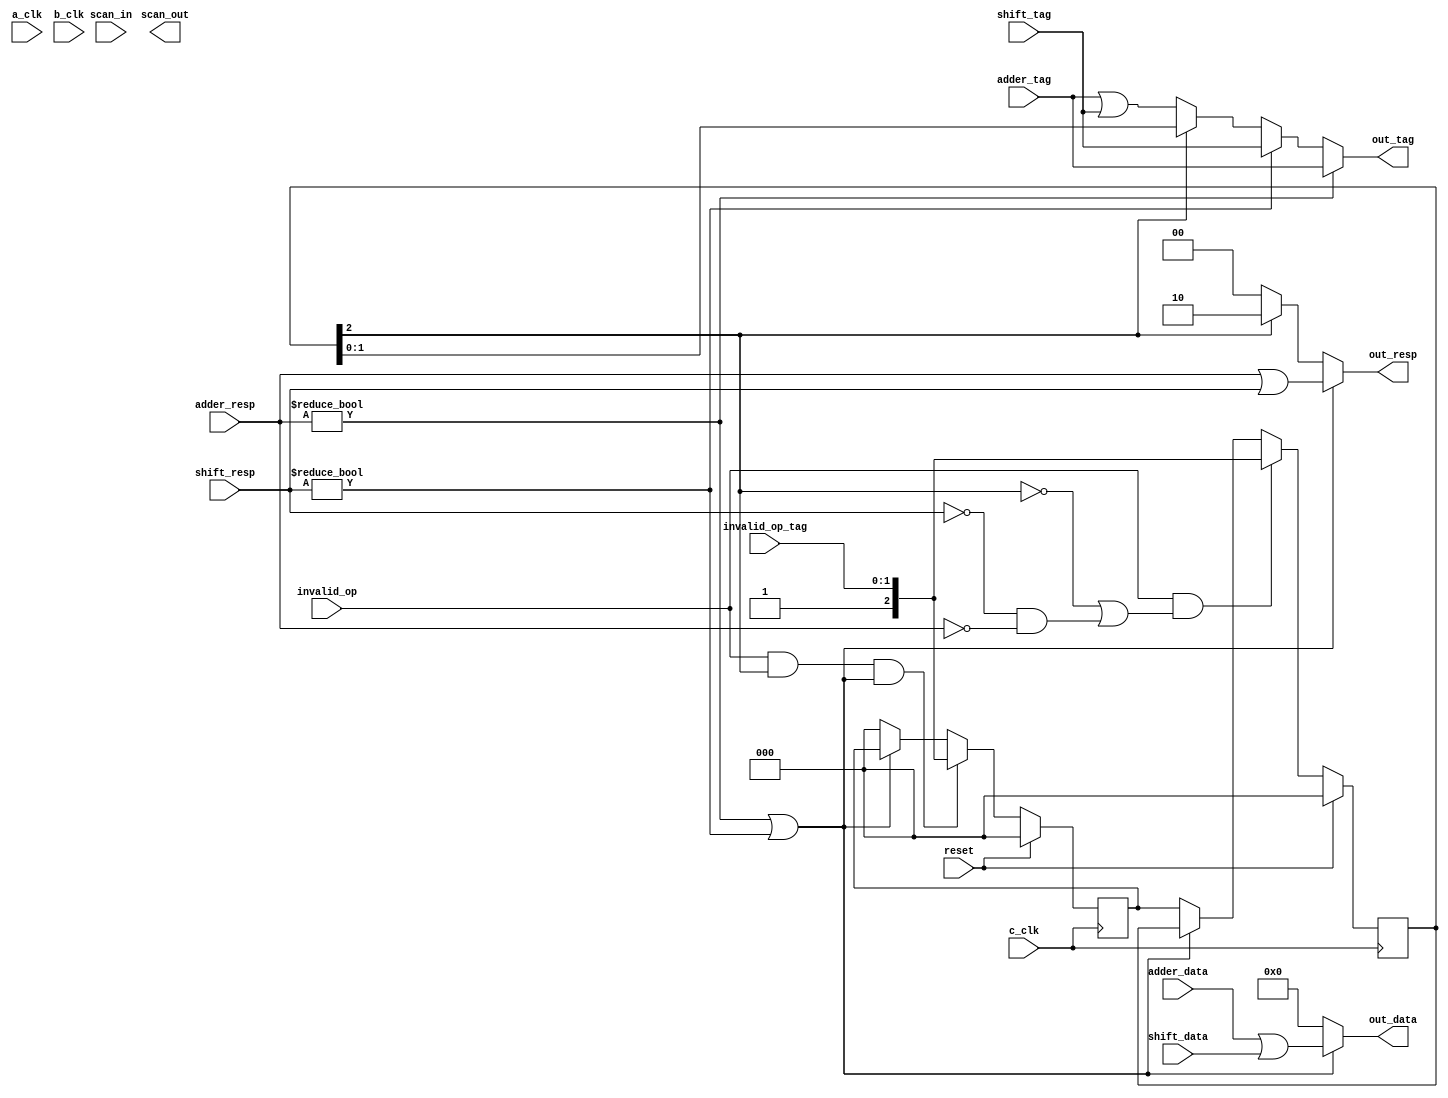
// Library: calc3
// Module: Output Mux


module mux_out(out_data, out_resp, out_tag, scan_out, a_clk, adder_data, adder_resp, adder_tag, b_clk, c_clk, invalid_op, invalid_op_tag, reset, scan_in, shift_data, shift_resp, shift_tag);

   output [0:31] out_data;
   output [0:1]  out_resp;
   output [0:1]  out_tag;
   output 	 scan_out;
      
   input [0:31]  adder_data, shift_data;
   input [0:1] 	 adder_resp, adder_tag, shift_resp, shift_tag, invalid_op_tag;
   input 	 invalid_op, reset, scan_in, a_clk, b_clk, c_clk;

   reg [0:2] 	 inv_op1_tag, inv_op2_tag;
   
   always @ 
     (negedge c_clk) begin
	// inv_opx_tag definition: bit 0 is "valid bit", Bit 1 to 2 is tag
	inv_op1_tag <=
		      (reset) ? 3'b0:
		      (invalid_op && (~inv_op1_tag[0] || ((shift_resp == 'b00) && (adder_resp == 'b00)))) ? { 1'b1 , invalid_op_tag[0:1] } :
		      ((shift_resp != 'b00) || (adder_resp != 'b00)) ? inv_op1_tag :
		      inv_op2_tag;
	
	inv_op2_tag <= 
		       (reset) ? 3'b0 :
		       (invalid_op && inv_op1_tag[0]  && ((shift_resp != 'b00) || (adder_resp != 'b00))) ? { 1'b1, invalid_op_tag[0:1] } :
		       ((shift_resp != 'b00) || (adder_resp != 'b00)) ? inv_op2_tag :
		       3'b0;
	
     end
   
   assign out_resp = ((adder_resp != 'b00) || (shift_resp != 'b00)) ? adder_resp[0:1] | shift_resp[0:1] :
		     (inv_op1_tag[0]) ? 'b10 :
		     'b00;
   
   assign out_data = 
	  ((adder_resp != 'b00) || (shift_resp != 'b00)) ? (adder_data | shift_data)  :
	  32'b0;

   assign out_tag =
	  (adder_resp != 'b00) ? adder_tag :
	  (shift_resp != 'b00) ? shift_tag :
	  (inv_op1_tag[0]) ? inv_op1_tag [1:2] :
	  adder_tag | shift_tag;

endmodule // mux_out